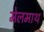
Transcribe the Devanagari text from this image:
मेलमाथ